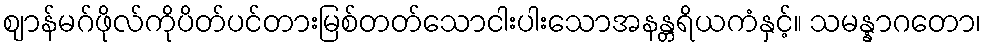
ဈာန်မဂ်ဖိုလ်ကိုပိတ်ပင်တားမြစ်တတ်သောငါးပါးသောအနန္တရိယကံနှင့်။ သမန္နာဂတော၊